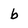
Character: b